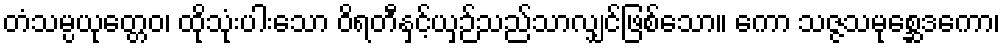
တံသမ္ပယုတ္တေဝ၊ ထိုသုံးပါးသော ဝိရတီနှင့်ယှဉ်သည်သာလျှင်ဖြစ်သော။ ကော သဇ္ဇသမုစ္ဆေဒကော၊